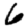
Digit: 6